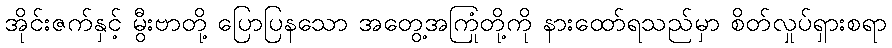
အိုင်းဇက်နှင့် မွီးဗာတို့ ပြောပြနသော အတွေ့အကြုံတို့ကို နားထော်ရသည်မှာ စိတ်လှုပ်ရှားစရာ